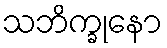
သဘိက္ခုနော